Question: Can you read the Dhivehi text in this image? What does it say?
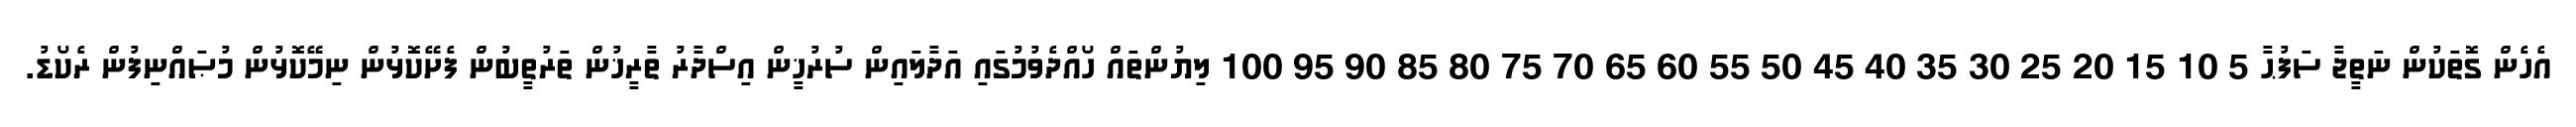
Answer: އެހެން ގޮތަކުން ނަތީޖާ ސަފުޙާ 5 10 15 20 25 30 35 40 45 50 55 60 65 70 75 80 85 90 95 100 ލިޔުންތައް ހޯއްދެވުމުގައި އަދާލައިން ސުރުޚީން އިސްދާރު ތާރީޚުން ތަރުތީބުން ފެށޭކޮޅުން ނިމޭކޮޅުން މުޞައްނިފުން ރެކޯޑު.